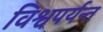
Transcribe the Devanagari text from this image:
विश्वपर्यन्त